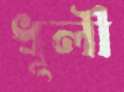
ধূলী